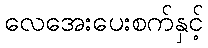
လေအေးပေးစက်နှင့်